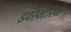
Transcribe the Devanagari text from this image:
डयरेक्टेरियो